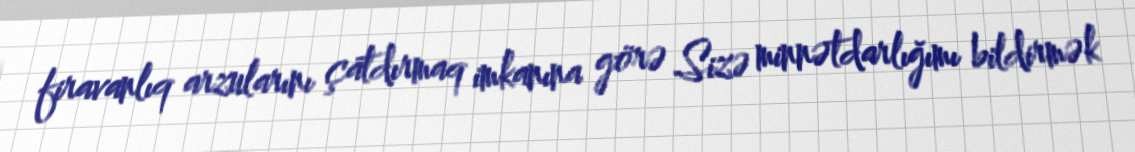
firavanlıq arzularını çatdırmaq imkanına görə Sizə minnətdarlığımı bildirmək